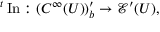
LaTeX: { } ^ { t } \operatorname { I n } : ( C ^ { \infty } ( U ) ) _ { b } ^ { \prime } \to { \mathcal { E } } ^ { \prime } ( U ) ,